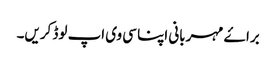
براۓ مہربانی اپنا سی وی اپ لوڈ کریں۔